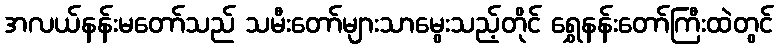
အလယ်နန်းမတော်သည် သမီးတော်များသာမွေးသည့်တိုင် ရွှေနန်းတော်ကြီးထဲတွင်